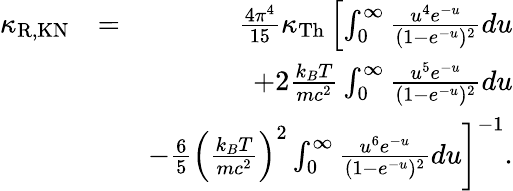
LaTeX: \begin{array}{rlr}{\kappa_{\mathrm{R,KN}}}&{=}&{\frac{4\pi^{4}}{15}\kappa_{\mathrm{Th}}\left[\int_{0}^{\infty}\frac{u^{4}e^{-u}}{(1-e^{-u})^{2}}du\right.}\\ &{}&{\left.+2\frac{k_{B}T}{mc^{2}}\int_{0}^{\infty}\frac{u^{5}e^{-u}}{(1-e^{-u})^{2}}du\right.}\\ &{}&{\left.-\frac{6}{5}\left(\frac{k_{B}T}{mc^{2}}\right)^{2}\int_{0}^{\infty}\frac{u^{6}e^{-u}}{(1-e^{-u})^{2}}du\right]^{-1}.}\end{array}